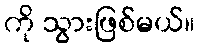
ကို သွားဖြစ်မယ်။